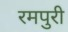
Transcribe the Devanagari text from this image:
रमपुरी